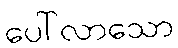
ပေါ်လာသော